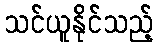
သင်ယူနိုင်သည့်